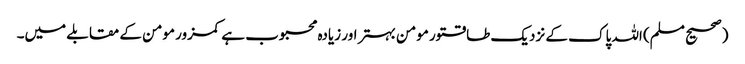
(صحیح مسلم) اللہ پاک کے نزدیک طاقتور مومن بہتر اور زیادہ محبوب ہے کمزور مومن کے مقابلے میں۔